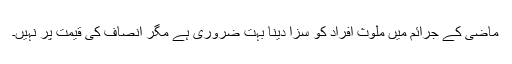
ماضی کے جرائم میں ملوث افراد کو سزا دینا بہت ضروری ہے مگر انصاف کی قیمت پر نہیں۔